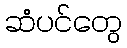
ဆံပင်တွေ